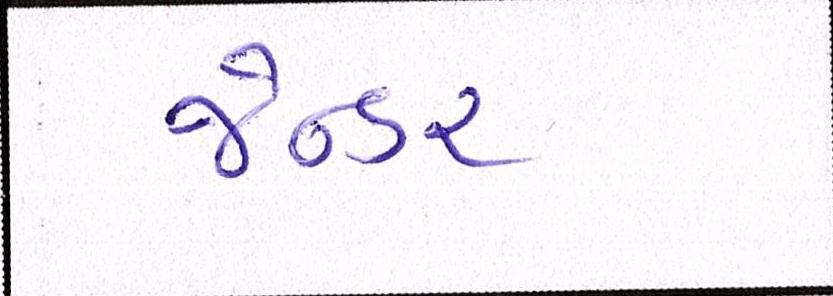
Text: જેન્ડર